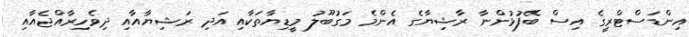
އިންޑަސްޓްރީގެ އިސް ބޭފުޅުންނާ ރާޝިޔާގެ އެންމެ މަގުބޫލު މީޑިޔާތަކާއި އަދި ރަޝިޔާއާއި ދިވެހިރާއްޖެއާއި